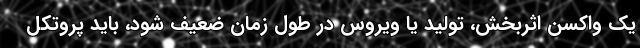
یک واکسن اثربخش، تولید یا ویروس در طول زمان ضعیف شود، باید پروتکل